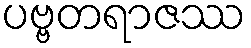
ပဗ္ဗတရာဇဿ